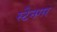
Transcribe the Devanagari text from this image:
स्टैनगर